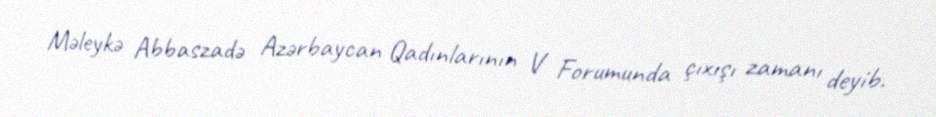
Məleykə Abbaszadə Azərbaycan Qadınlarının V Forumunda çıxışı zamanı deyib.